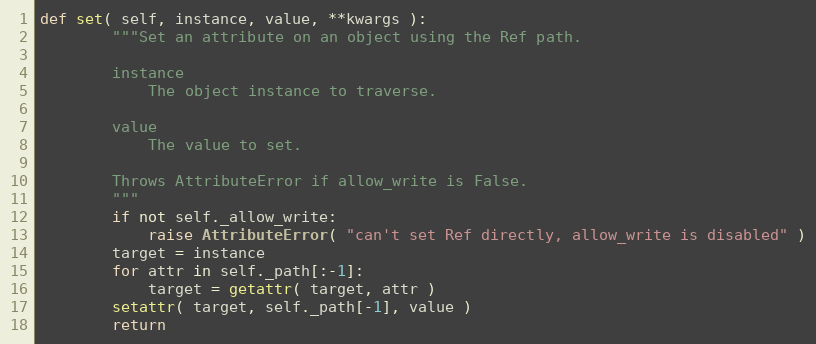
Language: Python
def set( self, instance, value, **kwargs ):
        """Set an attribute on an object using the Ref path.

        instance
            The object instance to traverse.

        value
            The value to set.

        Throws AttributeError if allow_write is False.
        """
        if not self._allow_write:
            raise AttributeError( "can't set Ref directly, allow_write is disabled" )
        target = instance
        for attr in self._path[:-1]:
            target = getattr( target, attr )
        setattr( target, self._path[-1], value )
        return